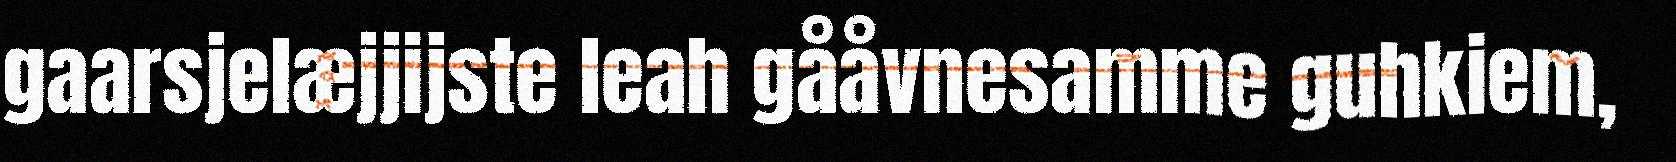
gaarsjelæjjijste leah gååvnesamme guhkiem,